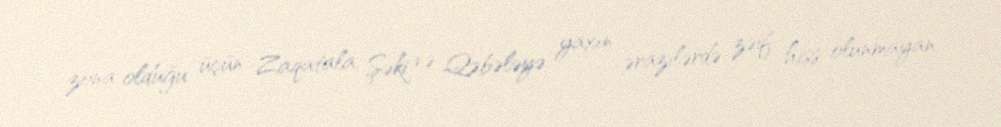
zona olduğu üçün Zaqatala, Şəki və Qəbələyə yaxın ərazilərdə zəif hiss olunmayan